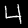
Digit: 4